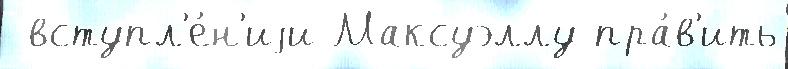
 вступл'е́н'иjи Максуэллу пра́в'ить